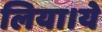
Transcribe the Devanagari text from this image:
लिया।ये